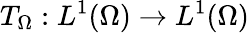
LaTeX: T_{\Omega}:L^{1}(\Omega)\rightarrow L^{1}(\Omega)